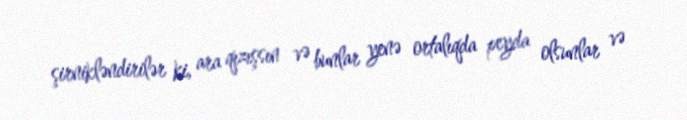
şirnikləndirilər ki, ara qızışsın və bunlar yenə ortalıqda peyda olsunlar və